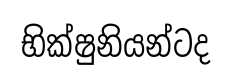
භික්ෂුනියන්ටද